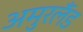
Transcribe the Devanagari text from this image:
अमुरलँंड